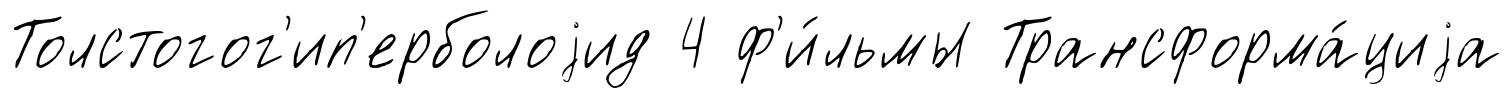
Толстогог'ип'ерболоjид 4 ф'и́льмы Трансформа́циjа